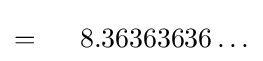
=\ \ \ \ 8.36363636\ldots